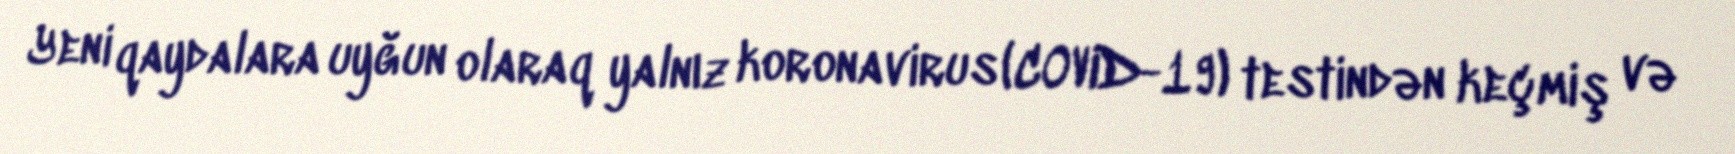
Yeni qaydalara uyğun olaraq yalnız koronavirus (COVID-19) testindən keçmiş və